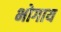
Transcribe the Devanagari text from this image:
भोगाय